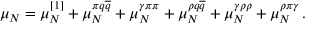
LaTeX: \mu _ { N } = \mu _ { N } ^ { \left[ 1 \right] } + \mu _ { N } ^ { \pi q \overline { { { q } } } } + \mu _ { N } ^ { \gamma \pi \pi } + \mu _ { N } ^ { \rho q \overline { { { q } } } } + \mu _ { N } ^ { \gamma \rho \rho } + \mu _ { N } ^ { \rho \pi \gamma } \, .